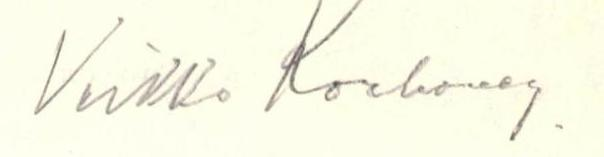
Veikko Korhonen.